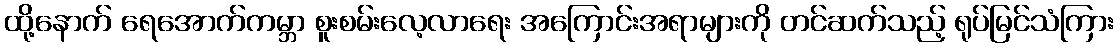
ထို့နောက် ရေအောက်ကမ္ဘာ စူးစမ်းလေ့လာရေး အကြောင်းအရာများကို တင်ဆက်သည့် ရုပ်မြင်သံကြား